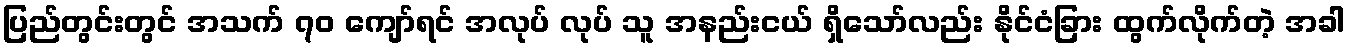
ပြည်တွင်းတွင် အသက် ၇၀ ကျော်ရင် အလုပ် လုပ် သူ အနည်းငယ် ရှိသော်လည်း နိုင်ငံခြား ထွက်လိုက်တဲ့ အခါ